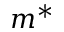
m ^ { * }